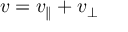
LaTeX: v = v _ { \parallel } + v _ { \perp }